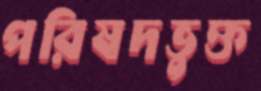
পরিষদভুক্ত